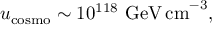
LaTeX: u _ { \mathrm { c o s m o } } \sim 1 0 ^ { 1 1 8 } \mathrm { ~ G e V \, c m } ^ { - 3 } ,